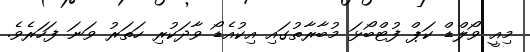
މިއީ ވޯލްޑް ކަޕް ފުޓްބޯޅަ މުބާރާތުގައި އިކުއެޑޯ ވާދަކުރި ހަތަރު ވަނަ ފަހަރެވެ.